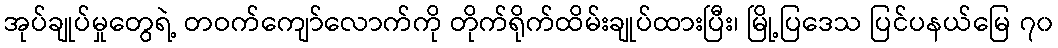
အုပ်ချုပ်မှုတွေရဲ့ တဝက်ကျော်လောက်ကို တိုက်ရိုက်ထိမ်းချုပ်ထားပြီး၊ မြို့ပြဒေသ ပြင်ပနယ်မြေ ၇၀